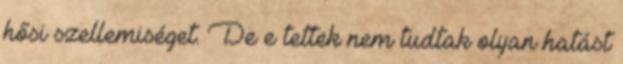
hősi szellemiséget. De e tettek nem tudtak olyan hatást